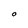
Character: O